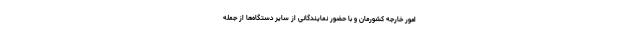
امور خارجه کشورمان و با حضور نمایندگانی از سایر دستگاه‌ها از جمله